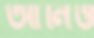
আনিও